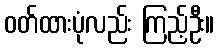
ဝတ်ထားပုံလည်း ကြည့်ဦး။